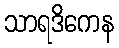
သာရဒိကေန